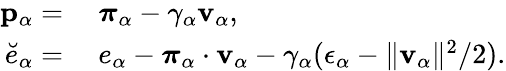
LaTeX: \begin{array}{rl}{\mathbf{p}_{\alpha}=}&{~\boldsymbol{\pi}_{\alpha}-\gamma_{\alpha}\mathbf{v}_{\alpha},}\\ {\breve{e}_{\alpha}=}&{~e_{\alpha}-\boldsymbol{\pi}_{\alpha}\cdot\mathbf{v}_{\alpha}-\gamma_{\alpha}(\epsilon_{\alpha}-\| \mathbf{v}_{\alpha}\| ^{2}/2).}\end{array}